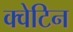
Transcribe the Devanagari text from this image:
क्वेटिन